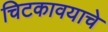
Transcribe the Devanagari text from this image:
चिटकावयाचे